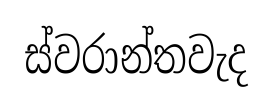
ස්වරාන්තවැද